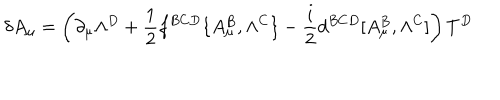
LaTeX: \delta A _ { \mu } = \left( \partial _ { \mu } \Lambda ^ { D } + { \frac { 1 } { 2 } } f ^ { B C D } \{ A _ { \mu } ^ { B } , \Lambda ^ { C } \} - { \frac { i } { 2 } } d ^ { B C D } [ A _ { \mu } ^ { B } , \Lambda ^ { C } ] \right) T ^ { D }